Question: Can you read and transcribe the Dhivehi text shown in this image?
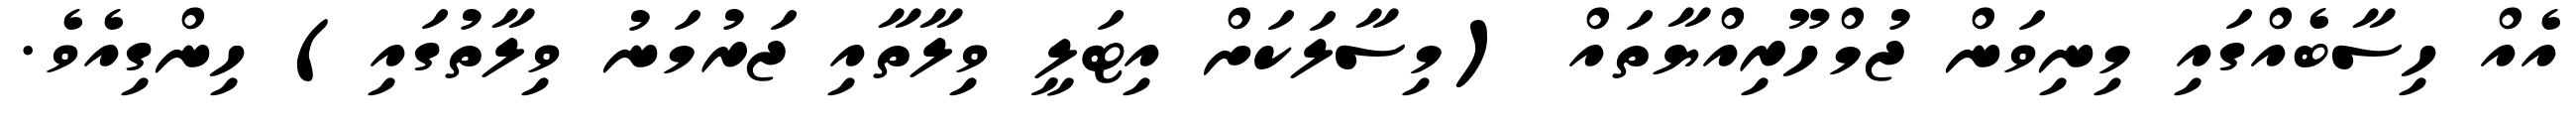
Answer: އެއް ހިސާބެއްގައި މިނިވަން ޖުމްހޫރިއްޔާތައް (މިސާލަކަށް އިޓަލީ ވިލާތާއި ޖަރުމަނު ވިލާތުގައި) ހިންގިއެވެ.